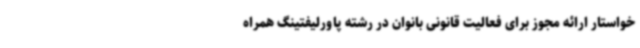
خواستار ارائه مجوز برای فعالیت قانونی بانوان در رشته پاورلیفتینگ همراه